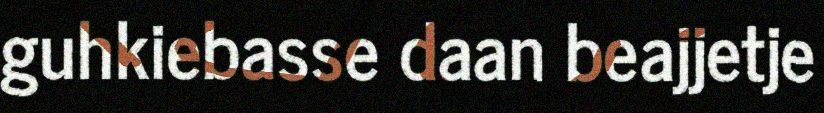
guhkiebasse daan beajjetje